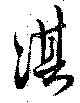
淇